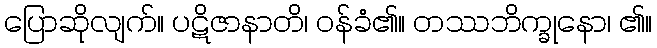
ပြောဆိုလျက်။ ပဋိဇာနာတိ၊ ဝန်ခံ၏။ တဿဘိက္ခုနော၊ ၏။